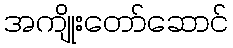
အကျိုးတော်ဆောင်